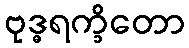
ဗုဒ္ဓရက္ခိတော